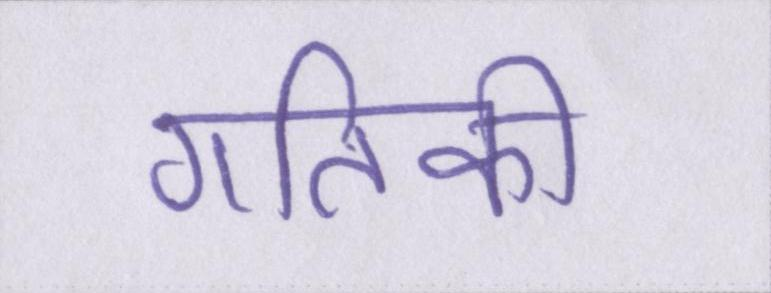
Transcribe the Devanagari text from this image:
गतिकी